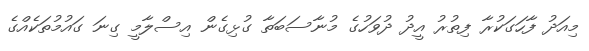
މިއަދު ފާހަގަކުރާ ފިތުރު އީދު ދުވަހުގެ މުނާސަބަތާ ގުޅިގެން އިސްލާމީ ގިނަ ގައުމުތަކެއްގެ